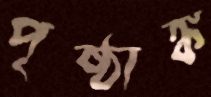
পৃষ্ঠাঙ্ক